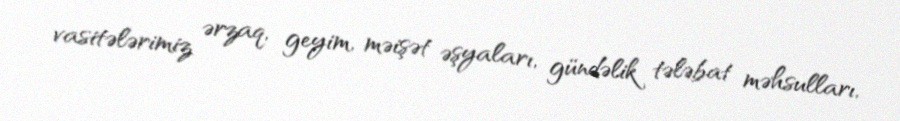
vasitələrimiz ərzaq, geyim, məişət əşyaları, gündəlik tələbat məhsulları,